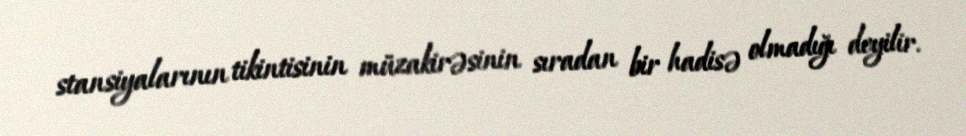
stansiyalarının tikintisinin müzakirəsinin sıradan bir hadisə olmadığı deyilir.